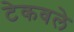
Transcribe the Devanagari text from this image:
टेकवले